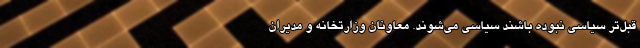
قبل‌تر سیاسی نبوده باشند سیاسی می‌شوند. معاونان وزارتخانه و مدیران